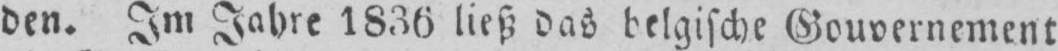
den. Im Jahre 1836 ließ das belgische Gouvernement